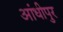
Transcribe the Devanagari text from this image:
आंधीपुर